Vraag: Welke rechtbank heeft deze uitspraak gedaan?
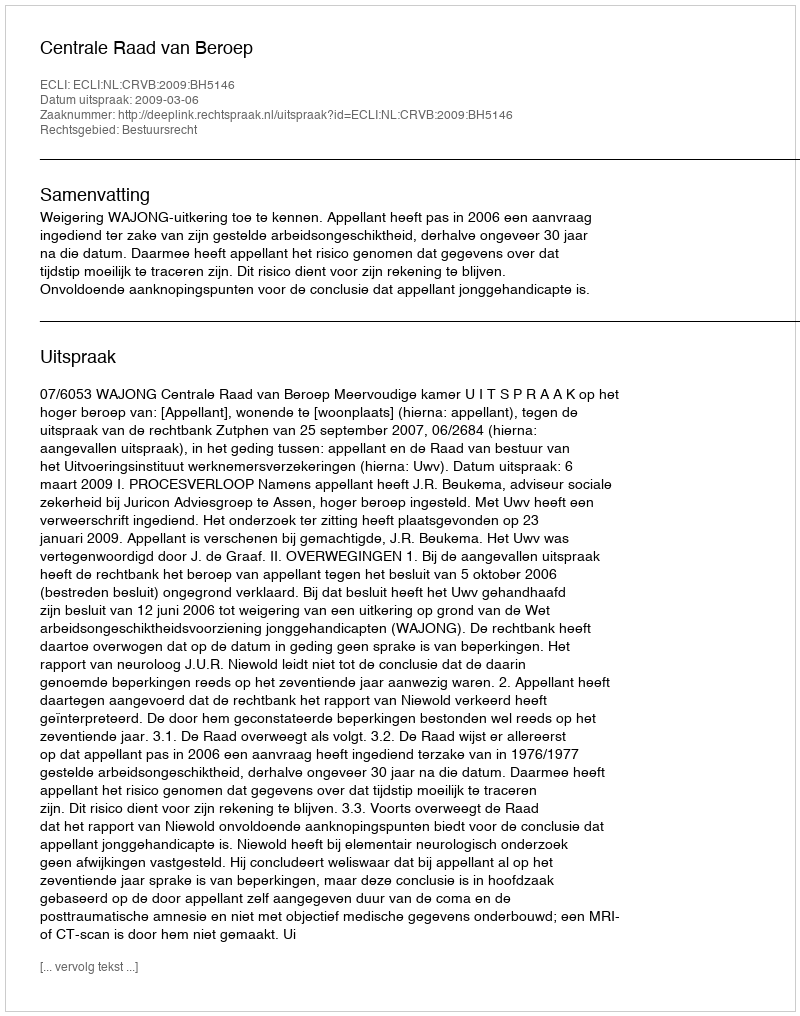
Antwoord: Centrale Raad van Beroep